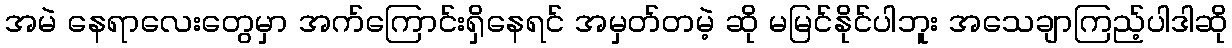
အမဲ နေရာလေးတွေမှာ အက်ကြောင်းရှိနေရင် အမှတ်တမဲ့ ဆို မမြင်နိုင်ပါဘူး အသေချာကြည့်ပါဒါဆို